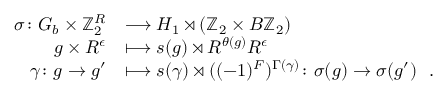
\begin{array} { r l } { \sigma \colon G _ { b } \times \mathbb { Z } _ { 2 } ^ { R } } & { \longrightarrow H _ { 1 } \rtimes ( \mathbb { Z } _ { 2 } \times B \mathbb { Z } _ { 2 } ) } \\ { g \times R ^ { \epsilon } } & { \longmapsto s ( g ) \rtimes R ^ { \theta ( g ) } R ^ { \epsilon } } \\ { \gamma \colon g \to g ^ { \prime } } & { \longmapsto s ( \gamma ) \rtimes ( ( - 1 ) ^ { F } ) ^ { \Gamma ( \gamma ) } \colon \sigma ( g ) \to \sigma ( g ^ { \prime } ) \ \ . } \end{array}